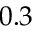
0 . 3